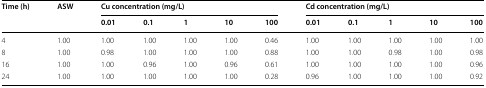
| <ROWSPAN=2> Time (h) | <ROWSPAN=2> ASW | <COLSPAN=5> Cu concentration (mg/L) | <COLSPAN=5> Cd concentration (mg/L) |
 | 0.01 | 0.1 | 1 | 10 | 100 | 0.01 | 0.1 | 1 | 10 | 100 |
 | --- | --- | --- | --- | --- | --- | --- | --- | --- | --- | --- | --- |
 | 4 | 1.00 | 1.00 | 1.00 | 1.00 | 1.00 | 0.46 | 1.00 | 1.00 | 1.00 | 1.00 | 1.00 |
 | 8 | 1.00 | 0.98 | 1.00 | 1.00 | 1.00 | 0.88 | 1.00 | 1.00 | 0.98 | 1.00 | 0.98 |
 | 16 | 1.00 | 1.00 | 0.96 | 1.00 | 0.96 | 0.61 | 1.00 | 1.00 | 1.00 | 1.00 | 0.96 |
 | 24 | 1.00 | 1.00 | 1.00 | 1.00 | 1.00 | 0.28 | 0.96 | 1.00 | 1.00 | 1.00 | 0.92 |